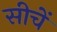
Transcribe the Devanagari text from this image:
सीचें